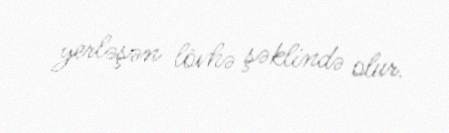
yerləşən lövhə şəklində olur.